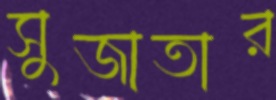
সুজাতার